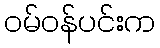
ဝမ်ဝန်ပင်းက